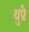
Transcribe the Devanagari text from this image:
थुप्रै